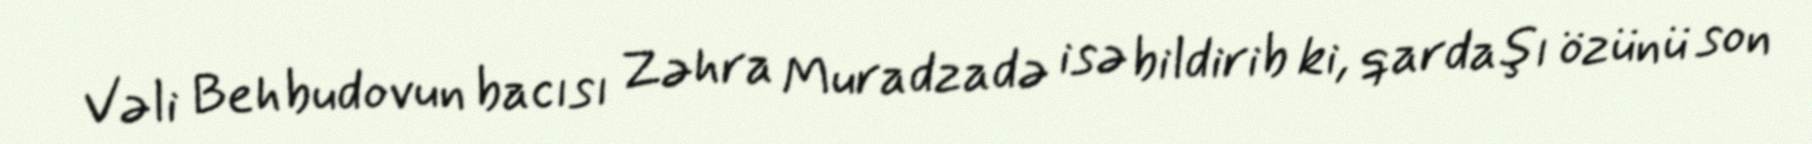
Vəli Behbudovun bacısı Zəhra Muradzadə isə bildirib ki, qardaşı özünü son